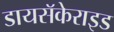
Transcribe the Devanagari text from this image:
डायसॅकेराइड